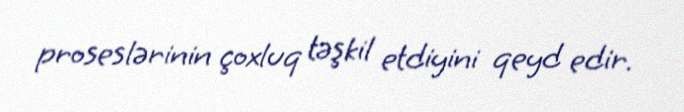
proseslərinin çoxluq təşkil etdiyini qeyd edir.